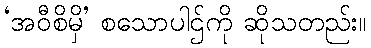
‘အဝီစိမှိ’ စသောပါဌ်ကို ဆိုသတည်း။